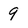
Character: 9